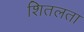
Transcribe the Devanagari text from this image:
शितलता